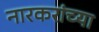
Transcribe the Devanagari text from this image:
नारकरांच्या